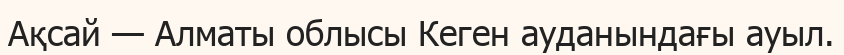
Ақсай — Алматы облысы Кеген ауданындағы ауыл.